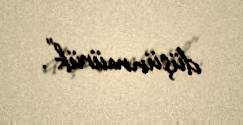
düşünmürük”.